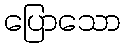
ပြောသော